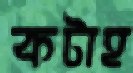
কটাহ